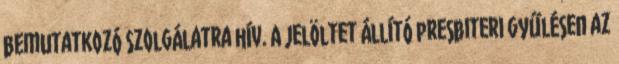
bemutatkozó szolgálatra hív. A jelöltet állító presbiteri gyűlésen az